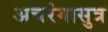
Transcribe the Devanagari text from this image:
अचरंगासुत्र